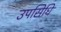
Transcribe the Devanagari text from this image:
उपसिधि